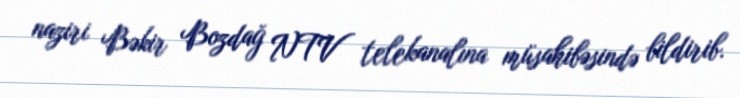
naziri Bəkir Bozdağ NTV telekanalına müsahibəsində bildirib.